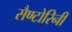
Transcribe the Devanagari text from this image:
सैण्टोरिनी